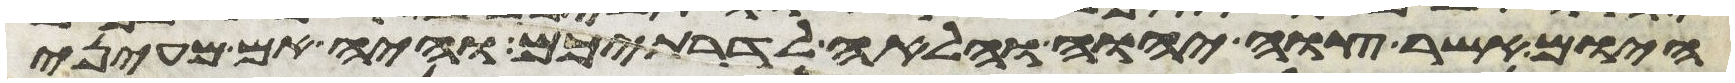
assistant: היום אשר צוה יהוה והלאה לדרתיכם והיה אם מעיני